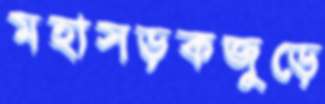
মহাসড়কজুড়ে